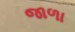
જાળા